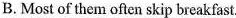
B.Most of them often skip breakfast.